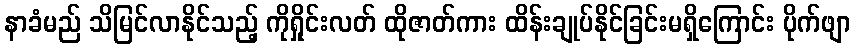
နာခံမည် သိမြင်လာနိုင်သည့် ကိုရှိုင်းလတ် ထိုဇာတ်ကား ထိန်းချုပ်နိုင်ခြင်းမရှိကြောင်း ပိုက်ဖျာ